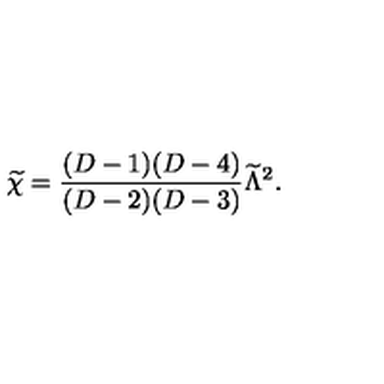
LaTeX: { \widetilde \chi } = { \frac { ( D - 1 ) ( D - 4 ) } { ( D - 2 ) ( D - 3 ) } } { \widetilde \Lambda } ^ { 2 } .